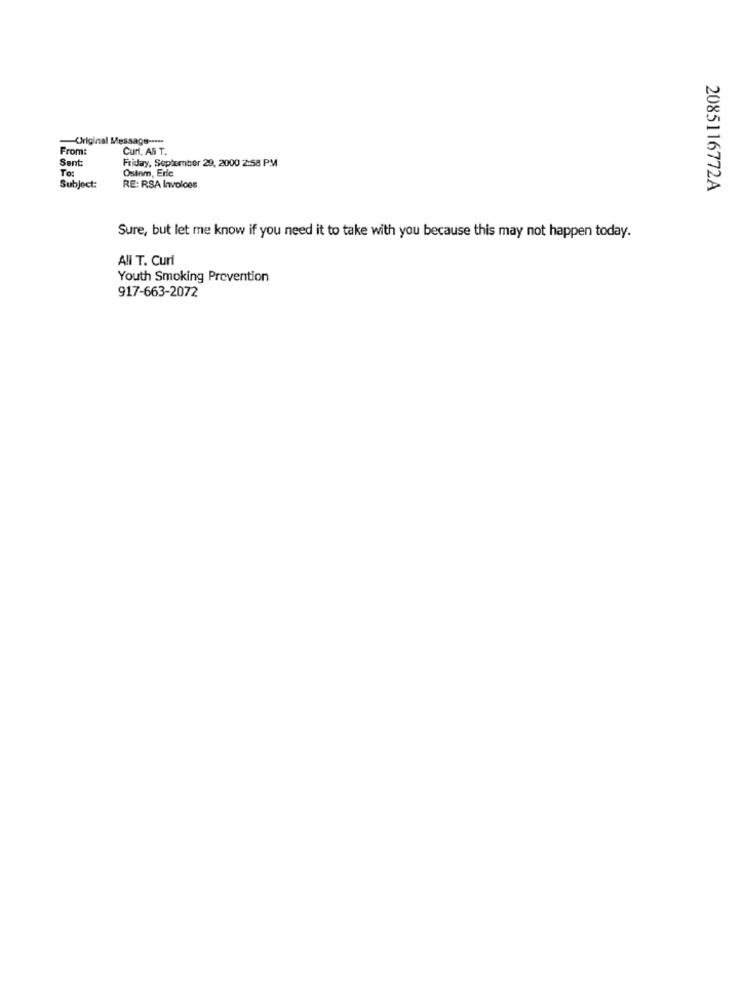
-Original Message ----
From:
Curf, AS T.
Sent:
Friday, September 29, 2000 2:58 PM
To:
Ostnm, Eric
Subject:
RE: RSA Invoices
2085116772A
Sure, but let me know if you need it to take with you because this may not happen today.
All T. Curl
Youth Smoking Prevention
917-663-2072